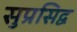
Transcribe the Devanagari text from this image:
सुप्रसिद्व